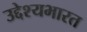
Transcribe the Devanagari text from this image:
उद्देश्यभारत